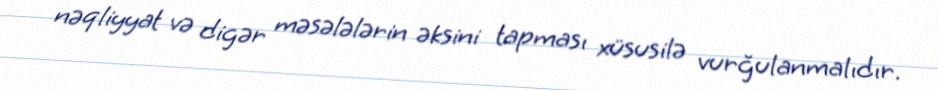
nəqliyyat və digər məsələlərin əksini tapması xüsusilə vurğulanmalıdır.